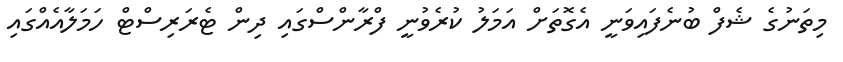
މިތަނުގެ ޝެފް ބުނެފައިވަނީ އެގޮތަށް އަމަލު ކުރެވުނީ ފްރާންސްގައި ދިން ޓެރަރިސްޓް ހަމަލާއެއްގައި